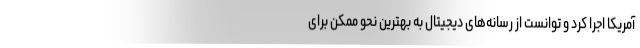
آمریکا اجرا کرد و توانست از رسانه‌های دیجیتال به بهترین نحو ممکن برای